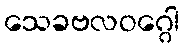
သေခဗလဝဂ္ဂေါ